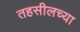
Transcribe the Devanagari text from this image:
तहसीलच्या